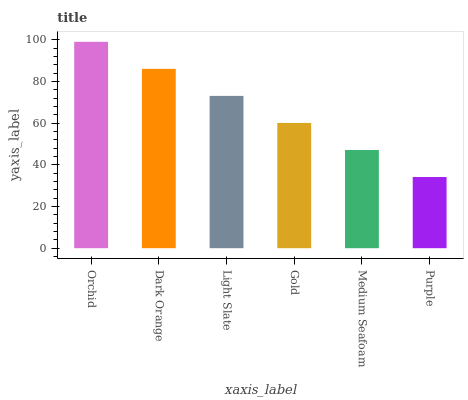
| xaxis_label | bars |
 | --- | --- |
 | Orchid | 99 |
 | Dark Orange | 86 |
 | Light Slate | 73.1 |
 | Gold | 60.1 |
 | Medium Seafoam | 47.1 |
 | Purple | 34.1 |